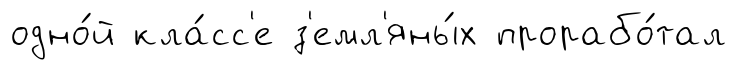
одно́й кла́сс'е з'емл'яны́х прорабо́тал